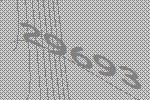
29693